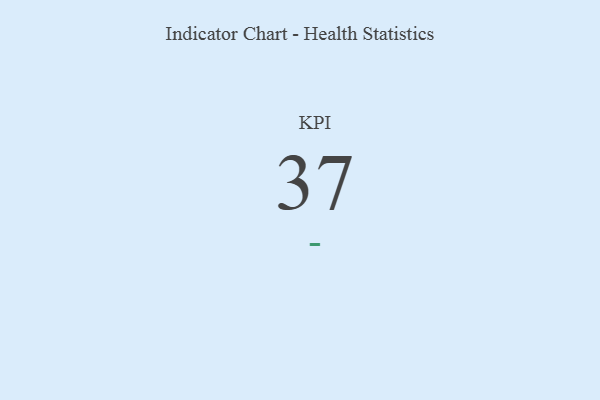
{"axis": {"x": "KPI", "y": "Value"}, "legend": [""], "data": [{"x": "KPI", "y": 37, "type": ""}]}